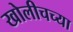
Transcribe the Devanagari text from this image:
खोलीचच्या